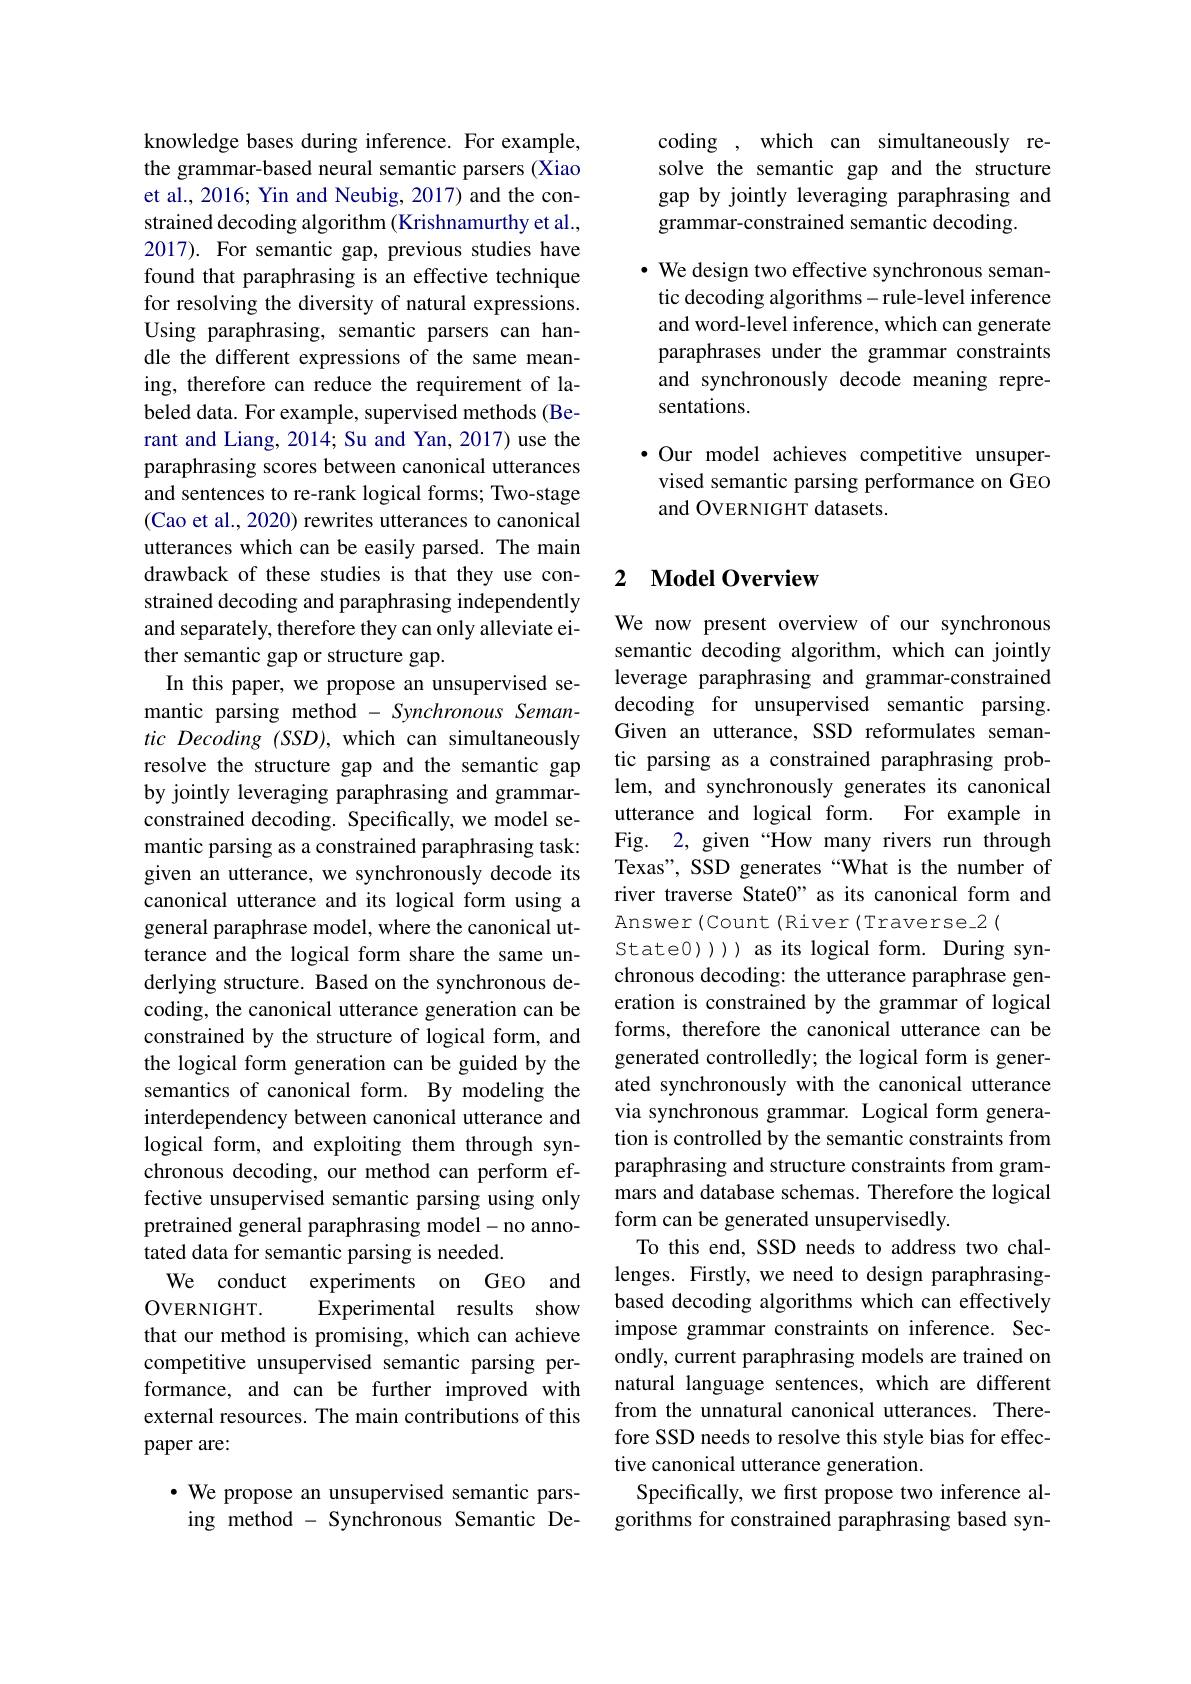
knowledge bases during inference. For example, the grammar-based neural semantic parsers (Xiao et al., 2016; Yin and Neubig, 2017) and the constrained decoding algorithm (Krishnamurthy et al., 2017). For semantic gap, previous studies have found that paraphrasing is an effective technique for resolving the diversity of natural expressions. Using paraphrasing, semantic parsers can handle the different expressions of the same meaning, therefore can reduce the requirement of labeled data. For example, supervised methods (Berant and Liang, 2014; Su and Yan, 2017) use the paraphrasing scores between canonical utterances and sentences to re-rank logical forms; Two-stage (Cao et al., 2020) rewrites utterances to canonical utterances which can be easily parsed. The main drawback of these studies is that they use constrained decoding and paraphrasing independently and separately, therefore they can only alleviate either semantic gap or structure gap.
In this paper, we propose an unsupervised semantic parsing method - Synchronous Seman- $tic~Decoding~(SSD),~$which can simultaneously resolve the structure gap and the semantic gap by jointly leveraging paraphrasing and grammarconstrained decoding. Specifically, we model semantic parsing as a constrained paraphrasing task: given an utterance, we synchronously decode its canonical utterance and its logical form using a general paraphrase model, where the canonical utterance and the logical form share the same underlying structure. Based on the synchronous decoding, the canonical utterance generation can be constrained by the structure of logical form, and the logical form generation can be guided by the semantics of canonical form. By modeling the interdependency between canonical utterance and logical form, and exploiting them through synchronous decoding, our method can perform effective unsupervised semantic parsing using only pretrained general paraphrasing model-no annotated data for semantic parsing is needed.
We conduct experiments on GEO and
OVERNIGHT.
Experimental results show
that our method is promising, which can achieve competitive unsupervised semantic parsing performance, and can be further improved with external resources. The main contributions of this paper are:
$\cdot$ We propose an unsupervised semantic pars-

ing method - Synchronous Semantic De-

coding , which can simultaneously resolve the semantic gap and the structure gap by jointly leveraging paraphrasing and grammar-constrained semantic decoding.

$\cdot$ We design two effective synchronous semantic decoding algorithms- rule-level inference and word-level inference, which can generate paraphrases under the grammar constraints and synchronously decode meaning representations.

·Our model achieves competitive unsupervised semantic parsing performance on GEO and OVERNIGHT datasets.

## 2 $\mathbf{ModelOverview}$

We now present overview of our synchronous semantic decoding algorithm, which can jointly leverage paraphrasing and grammar-constrained decoding for unsupervised semantic parsing. Given an utterance, SSD reformulates semantic parsing as a constrained paraphrasing problem, and synchronously generates its canonical utterance and logical form. For example in Fig. 2, given “How many rivers run through Texas", SSD generates “What is the number of river traverse State0" as its canonical form and Answer (Count (River (Traverse-2 (
State0)) ) as its logical form. During synchronous decoding: the utterance paraphrase generation is constrained by the grammar of logical forms, therefore the canonical utterance can be generated controlledly; the logical form is generated synchronously with the canonical utterance via synchronous grammar. Logical form generation is controlled by the semantic constraints from paraphrasing and structure constraints from grammars and database schemas. Therefore the logical form can be generated unsupervisedly.
To this end, SSD needs to address two challenges. Firstly, we need to design paraphrasingbased decoding algorithms which can effectively impose grammar constraints on inference. Secondly, current paraphrasing models are trained on natural language sentences, which are different from the unnatural canonical utterances. Therefore SSD needs to resolve this style bias for effective canonical utterance generation.
Specifically, we first propose two inference algorithms for constrained paraphrasing based syn-